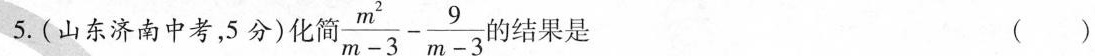
5.(山东济南中考，5分)化简 $$\frac{m^{ 2 } } { m - 3 }- \frac{ 9 } { m - 3 }$$的结果是 ( )